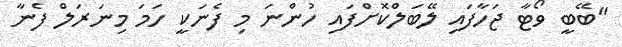
"ބޭބީ ވޯޓާ ޖަހާފައި ލޭބަލްކޮށްފައި ހުންނަ މި ފެނަކީ ހަމަ މިނަރަލް ފެނާ